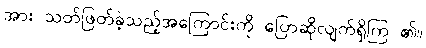
အား သတ်ဖြတ်ခဲ့သည့်အကြောင်းကို ပြောဆိုလျက်ရှိကြ ၏။